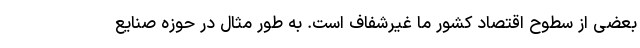
بعضی از سطوح اقتصاد کشور ما غیرشفاف است. به طور مثال در حوزه صنایع